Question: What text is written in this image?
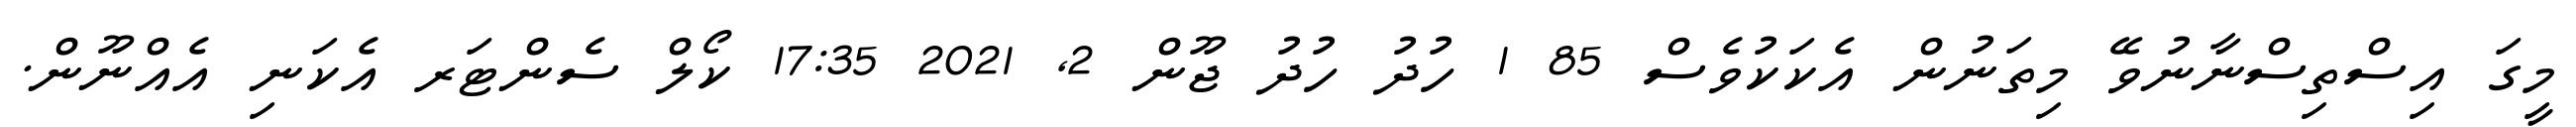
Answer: މީގަ އިސްތިސްނާނުވޭ މިތަނުން އެކަކުވެސް 85 1 ހުދު ހުދު ޖޫން 2, 2021 17:35 ކޯލް ސެންޓަރ އެކަނި އެއްނޫން.